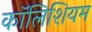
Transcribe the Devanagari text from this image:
कॉलिशियम